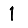
Digit: 1